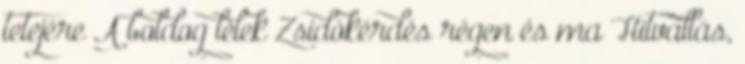
tetejére A boldog lélek Zsidókérdés régen és ma Hitvallás,